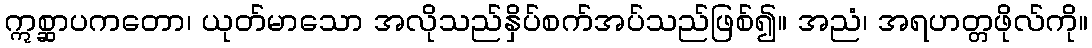
ဣစ္ဆာပကတော၊ ယုတ်မာသော အလိုသည်နှိပ်စက်အပ်သည်ဖြစ်၍။ အညံ၊ အရဟတ္တဖိုလ်ကို။